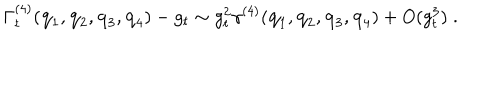
\Gamma _ { t } ^ { ( 4 ) } ( { \bf { q } } _ { 1 } , { \bf { q } } _ { 2 } , { \bf { q } } _ { 3 } , { \bf { q } } _ { 4 } ) - g _ { t } \sim g _ { t } ^ { 2 } \gamma ^ { ( 4 ) } ( { \bf { q } } _ { 1 } , { \bf { q } } _ { 2 } , { \bf { q } } _ { 3 } , { \bf { q } } _ { 4 } ) + O ( g _ { t } ^ { 3 } ) \; .